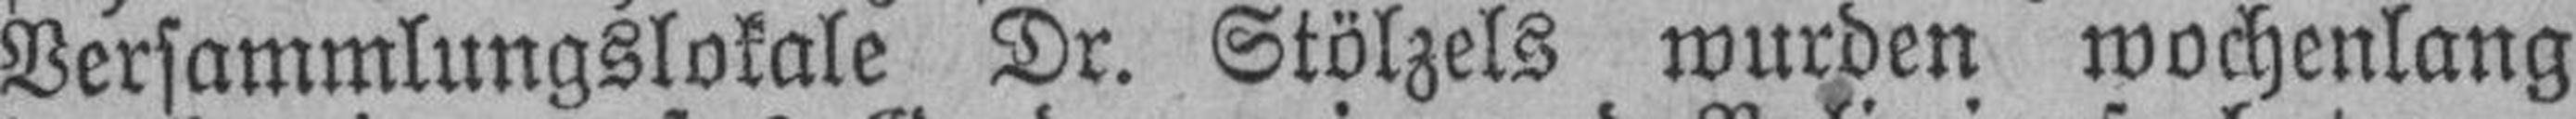
Versammlungslokale Dr. Stölzels wurden wochenlang